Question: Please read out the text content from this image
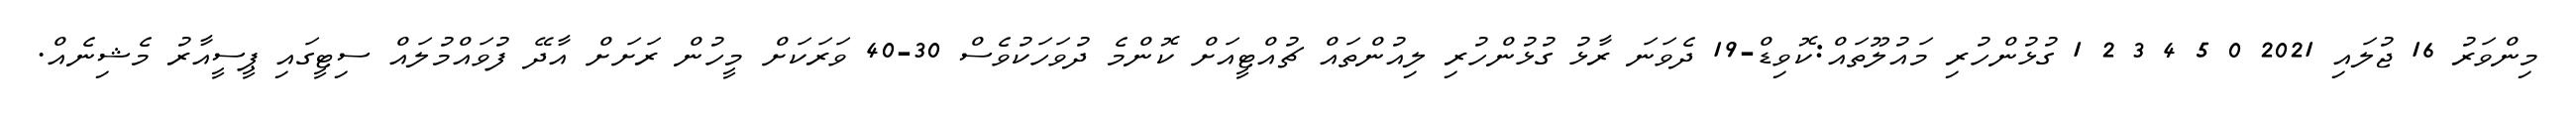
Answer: މިންވަރު 16 ޖުލައި 2021 0 5 4 3 2 1 ގުޅުންހުރި މައުލޫތައް:ކޮވިޑް-19 ދެވަނަ ރާޅު ގުޅުންހުރި ލިއުންތައް ޗުއްޓީއަށް ކޮންމެ ދުވަހަކުވެސް 30-40 ވަރަކަށް މީހުން ރަށަށް އާދޭ ފުވައްމުލައް ސިޓީގައި ޕީސީއާރު މެޝިނެއް.